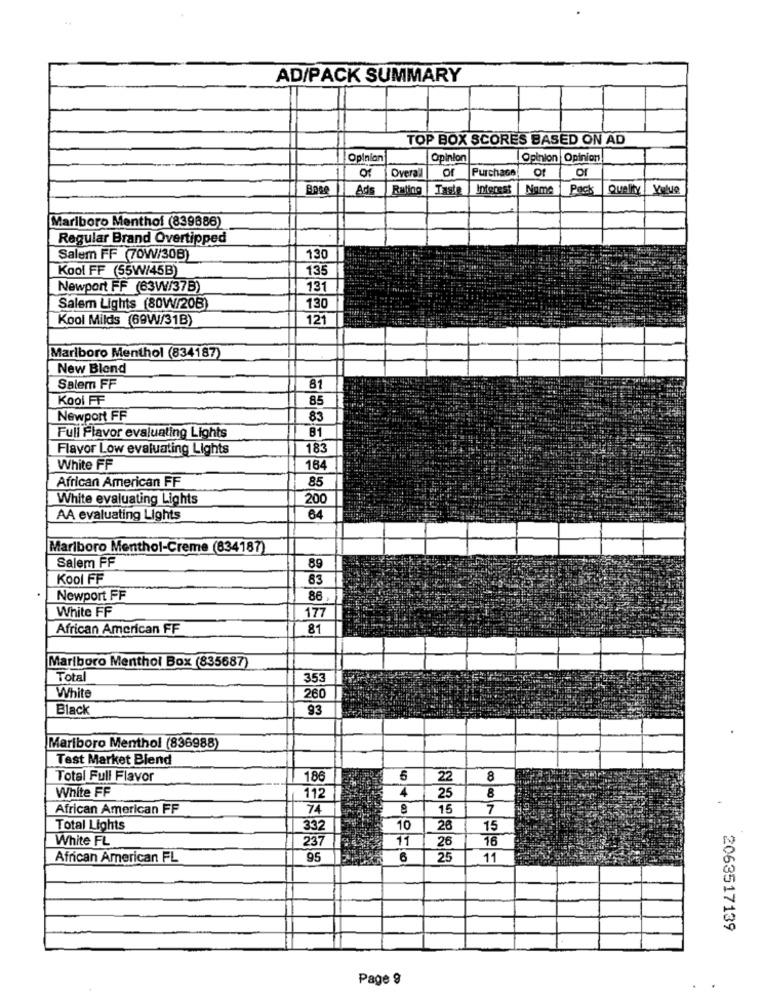
AD/PACK SUMMARY
TOP BOX SCORES BASED ON AD
Opinion
Opinion
Opinion|Opinion
O
Overal
O
Purchase
of
Or
Ads
Rating
Taste
Interest
Nome
Pack
Quality Yolue
Marlboro Menthol (839886)
Regular Brand Overtipped
Salem FF (70W/30B)
130
Kool FF (55W/45B)
135
Newport FF (63W/37B)
131
Salem Lights (80W/208)
130
Kool Milds (69W/31B)
121
Marlboro Menthol (834187)
New Blond
Salem FF
8
Kool FF
85
Newport FF
83
Full Flavor evaluating Lights
B1
Flavor Low evaluating Lights
183
White FF
184
85
African American FF
White evaluating Lights
200
AA evaluating Lights
64
Marlboro Menthol-Creme (834187)
Salem FF
89
Kool FF
83
Newport FF
86
White FF
177
African American FF
81
Marlboro Menthol Box (835687)
Total
353
White
260
Black
93
Marlboro Menthol (836988)
Test Market Blend
Total Full Flavor
186
5
22
8
White FF
112
4
8
25
African American FF
74
15
7
Total Lights
332
10
26
15
White FL
237
11
26
16
African American FL
95
6
25
11
2063517139
Page 9